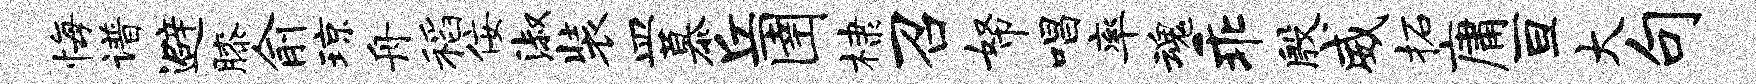
悔谱避膝俞琼舟稻佞淑装皿慕丘圉棣召帑唱率魂乖殷威柘庸亘大句